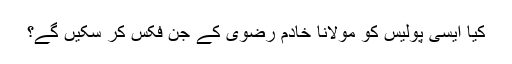
کیا ایسی پولیس کو مولانا خادم رضوی کے جن فکس کر سکیں گے؟